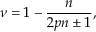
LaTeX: \nu = 1 - { \frac { n } { 2 p n \pm 1 } } ,